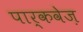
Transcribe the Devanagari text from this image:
पार्कवेज़